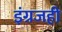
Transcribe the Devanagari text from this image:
इंग्रजही